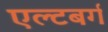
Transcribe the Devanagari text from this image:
एल्टबर्ग